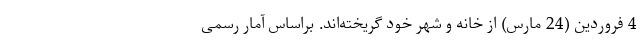
4 فروردین (24 مارس) از خانه و شهر خود گریخته‌اند. براساس آمار رسمی